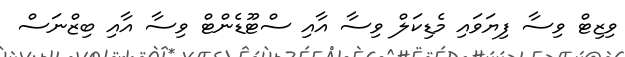
ވިޒިޓް ވިސާ ފިޔަވައި މެޑިކަލް ވިސާ އާއި ސްޓޫޑެންޓް ވިސާ އާއި ބިޒްނަސް